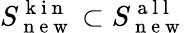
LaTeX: S_{\mathrm{~n~e~w~}}^{\mathrm{~k~i~n~}}\subset S_{\mathrm{~n~e~w~}}^{\mathrm{~a~l~l~}}